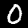
Label: 0